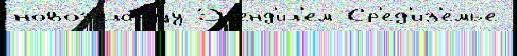
новоз'ела́ндцу Эл'енд'ил'ем Ср'ед'из'е́мье